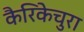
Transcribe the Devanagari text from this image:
कैरिकेचुरा